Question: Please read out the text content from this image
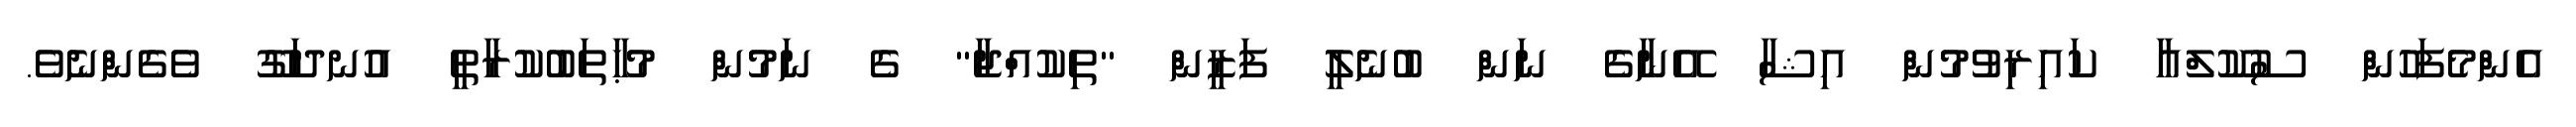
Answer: އެންމެފަހުން ސުކޫލްއާ ކައިރިވުމުން އިޝާ އޭނާގެ ނަން ބުނެލީ ފަޒީން "ތިކުއްޖާ" ގެ ނަމުން މުޙާތަބުކުރާތީ އުނދަގޫ ވެގެންނެވެ.